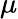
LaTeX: \mu